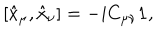
[ \hat { x } _ { \mu } , \hat { x } _ { \nu } ] = - i C _ { \mu \nu } { \bf 1 } ,